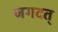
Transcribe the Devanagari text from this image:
जगदत्